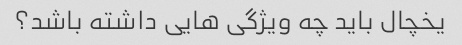
یخچال باید چه ویژگی هایی داشته باشد؟